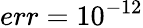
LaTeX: err=10^{-12}